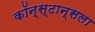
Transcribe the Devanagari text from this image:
कॉन्स्टान्सला